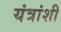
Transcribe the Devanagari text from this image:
यंत्रांशी